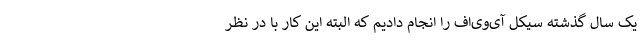
یک سال گذشته سیکل آی‌وی‌اف را انجام دادیم که البته این کار با در نظر